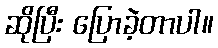
ဆိုပြီး ပြောခဲ့တာပါ။